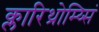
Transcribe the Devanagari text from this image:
क्लारिथ्रोम्य्सिं